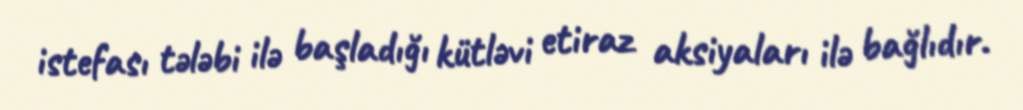
istefası tələbi ilə başladığı kütləvi etiraz aksiyaları ilə bağlıdır.